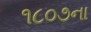
૧૮૦૭ના